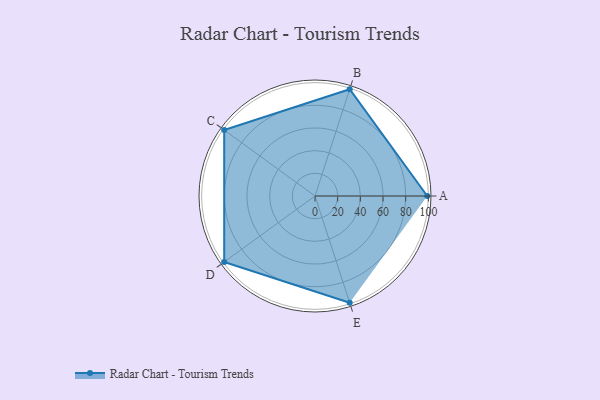
{"axis": {"x": "Skill", "y": "Score"}, "legend": ["Profile"], "data": [{"x": "A", "y": 99, "type": "Profile"}, {"x": "B", "y": 99, "type": "Profile"}, {"x": "C", "y": 99, "type": "Profile"}, {"x": "D", "y": 99, "type": "Profile"}, {"x": "E", "y": 99, "type": "Profile"}]}